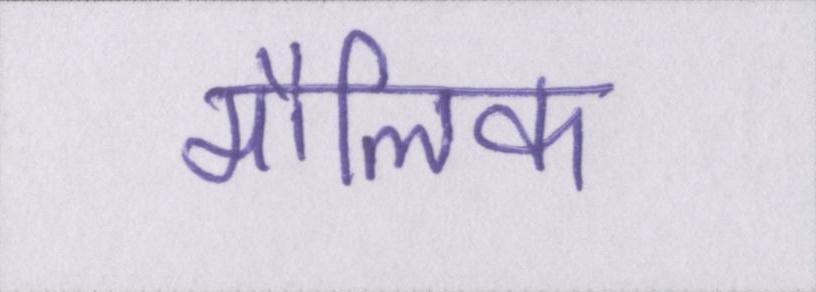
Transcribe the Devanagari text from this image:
मौलिक